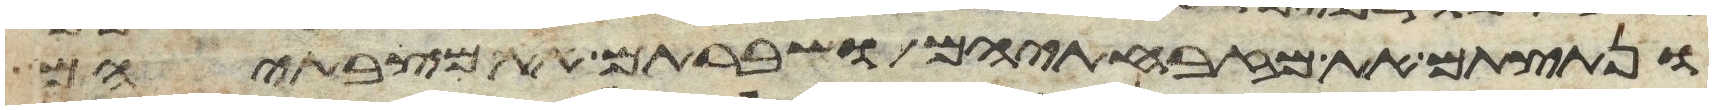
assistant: ונתצתם את מזבחתיהם ושברתם את מצבתיהם